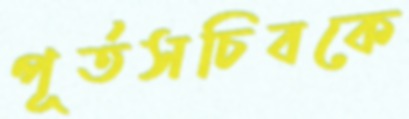
পূর্তসচিবকে